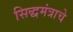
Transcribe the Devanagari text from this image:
सिद्धमंत्राचे